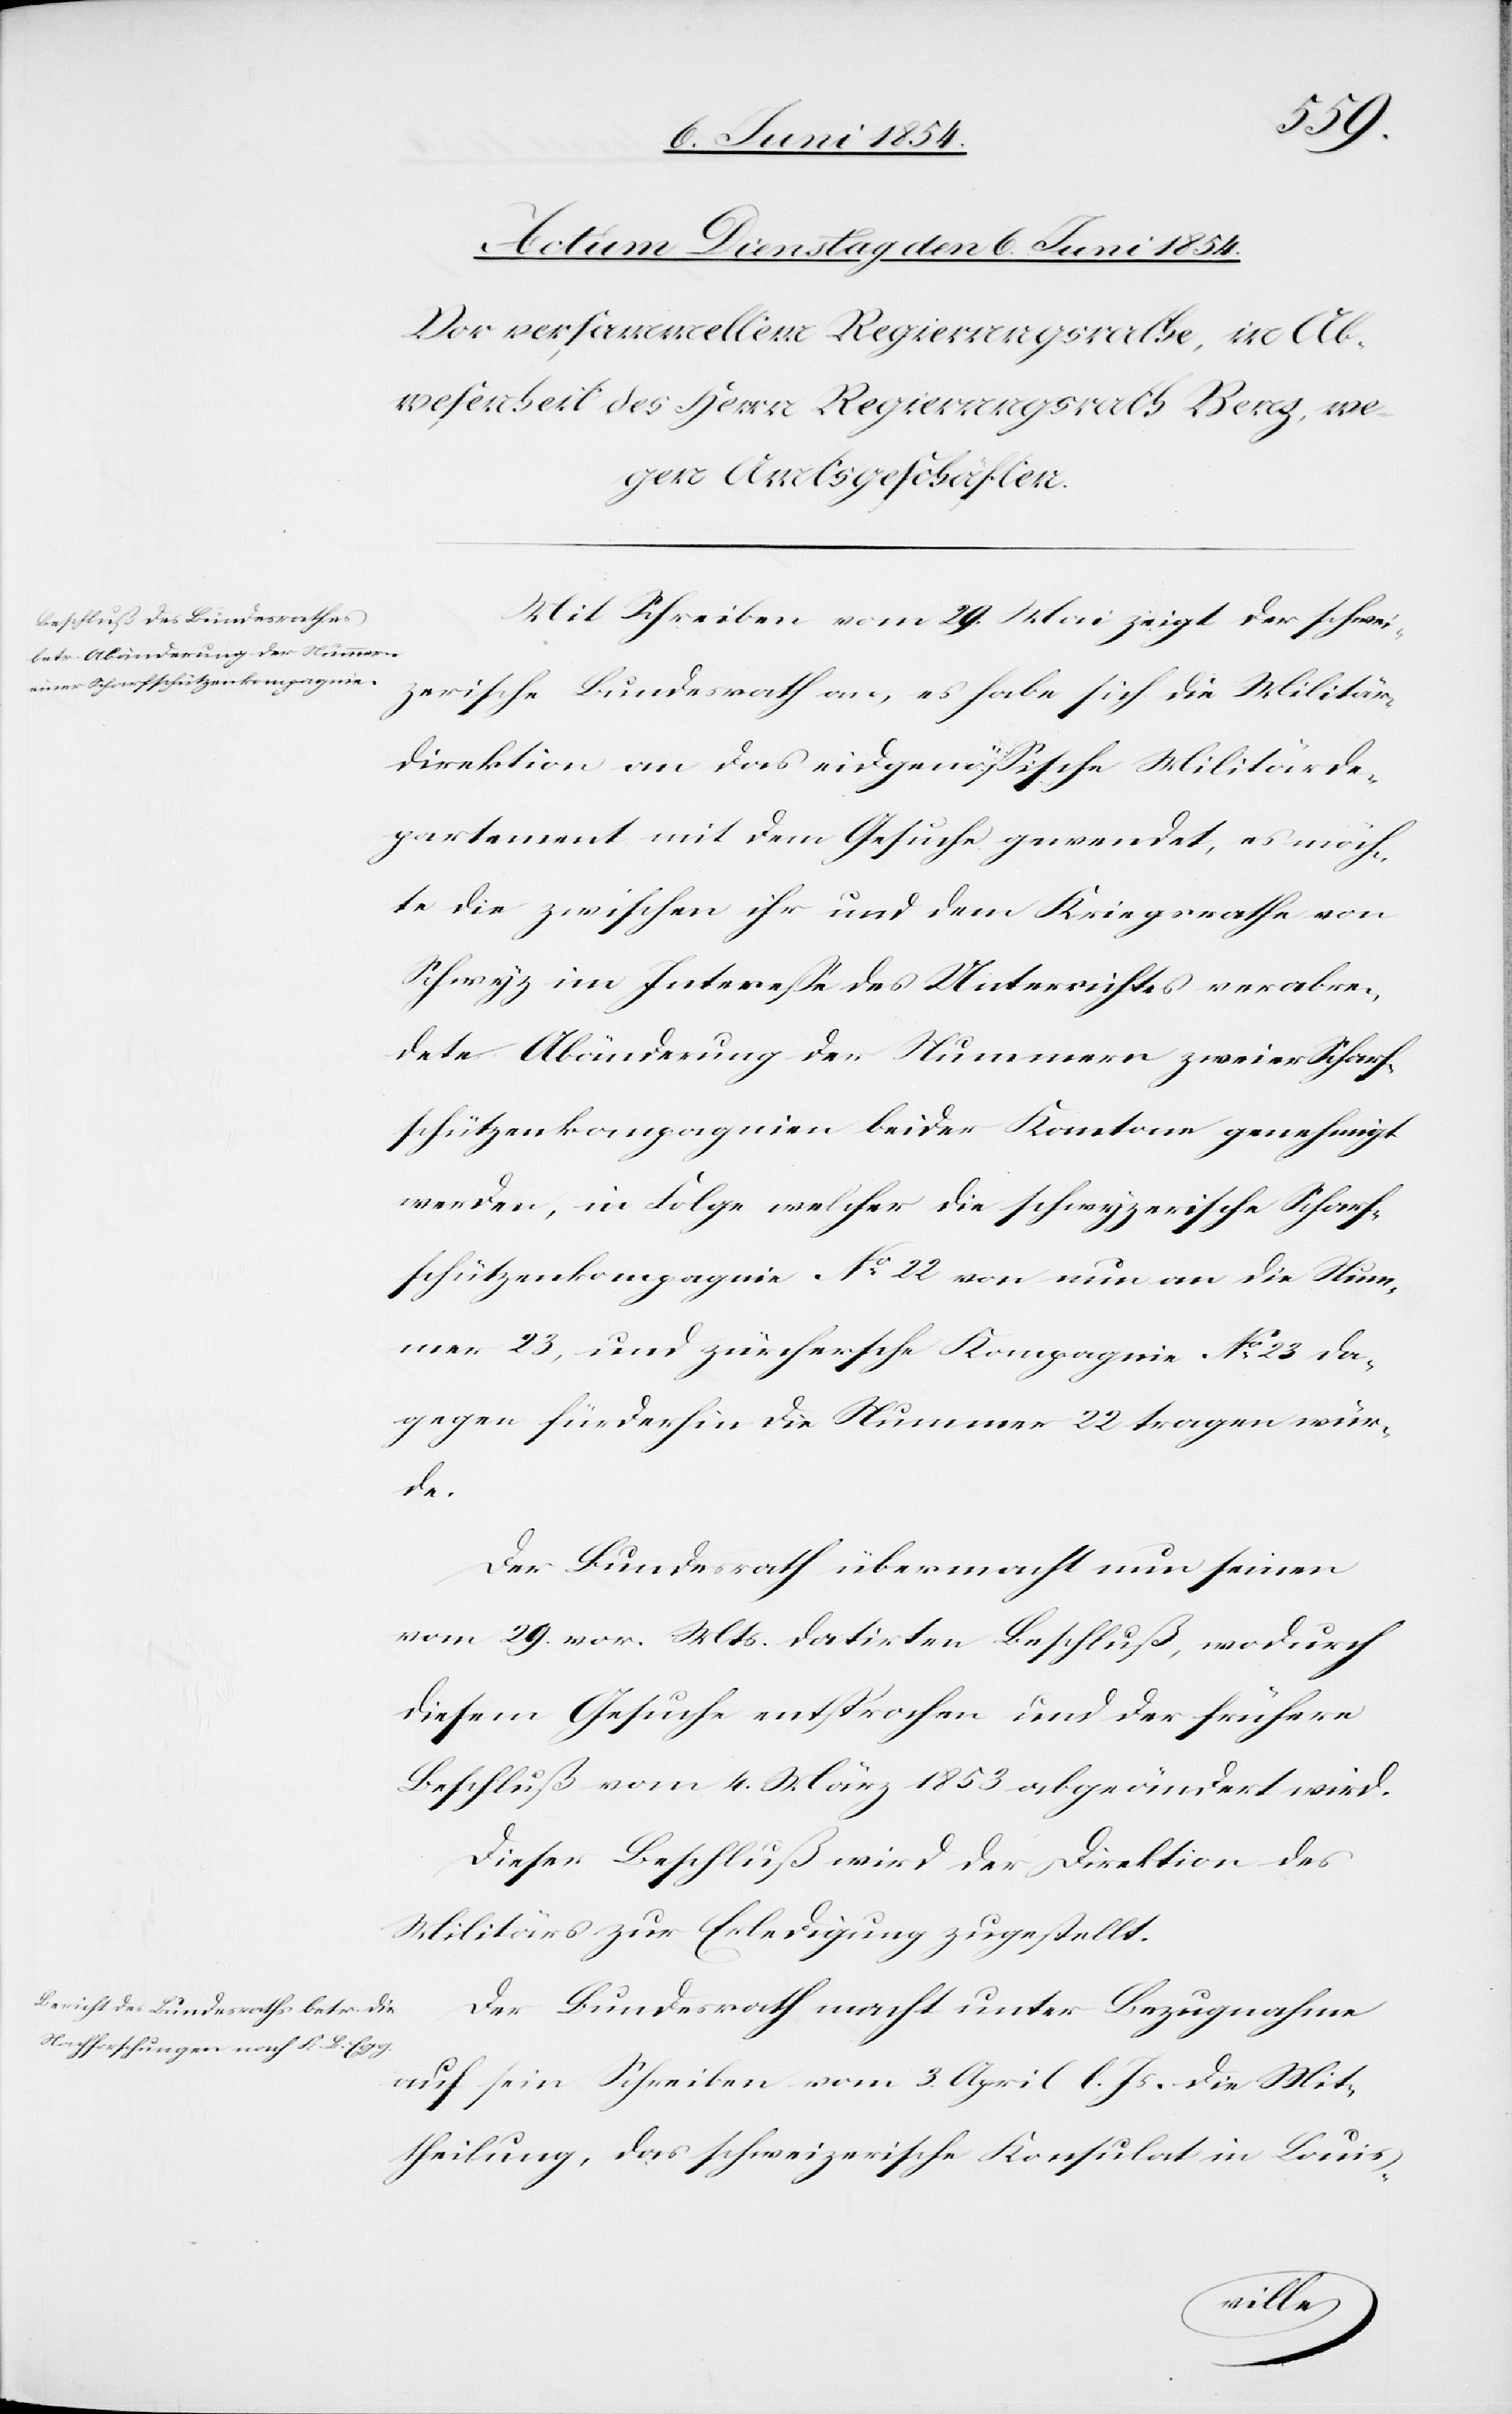
Mit Schreiben vom 29. Mai zeigt der schwei¬
zerische Bundesrath an, es habe sich die Militär¬
direktion an das eidgenößische Militärde¬
partement mit dem Gesuche gewendet, es möch¬
te die zwischen ihr und dem Kriegsrathe von
Schwyz im Intereße des Unterrichts verabreic¬
hten Abänderung der Nummern zweier Scharf¬
schützenkompagnien beider Kantone genehmigt
werden, in Folge welcher die schweizerische Scharf¬
schützenkompagnie No 22 von nun an die Num¬
mer 23, und zürchersche Kompagnie No 23 da¬
gegen fürderhin die Nummer 22 tragen wür¬
de.
Der Bundesrath übermacht nun seinen
vom 29. vor. Mts. datirten Beschluß, wodurch
diesem Gesuche entsprochen und der frühere
Beschluß vom 4. März 1853 abgeändert wird.
Dieser Beschluß wird der Direktion des
Militärs zur Erledigung zugestellt.
Der Bundesrath macht unter Bezugnahme
auf sein Schreiben vom 3. April l. Js. die Mit¬
theilung, das schweizerische Konsulat in Louis-